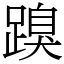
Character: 䠗